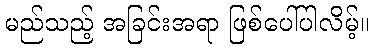
မည်သည့် အခြင်းအရာ ဖြစ်ပေါ်ပါလိမ့်။